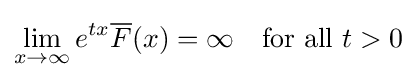
\lim _{x\to \infty }e^{tx}{\overline {F}}(x)=\infty \quad {\mbox{for all }}t>0